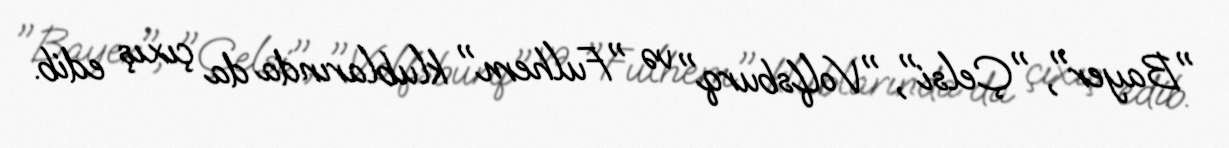
"Bayer", "Çelsi", "Volfsburq" və "Fulhem" klublarında da çıxış edib.